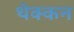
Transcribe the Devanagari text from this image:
थेक्कन